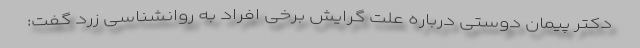
دکتر پیمان دوستی درباره علت گرایش برخی افراد به روانشناسی زرد گفت: